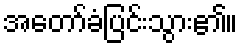
အတော်ခံပြင်းသွား၏။